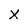
Character: X